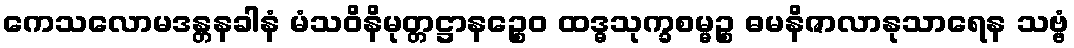
ကေသလောမဒန္တနခါနံ မံသဝိနိမုတ္တဋ္ဌာနဉ္စေဝ ထဒ္ဓသုက္ခစမ္မဉ္စ ဓမနိဇာလာနုသာရေန သဗ္ဗံ